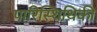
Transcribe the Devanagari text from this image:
पारिस्थिथिकी